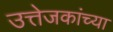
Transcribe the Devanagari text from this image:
उत्तेजकांच्या